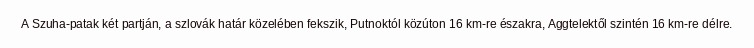
A Szuha-patak két partján, a szlovák határ közelében fekszik, Putnoktól közúton 16 km-re északra, Aggtelektől szintén 16 km-re délre.